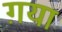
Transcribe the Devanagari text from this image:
ग़या